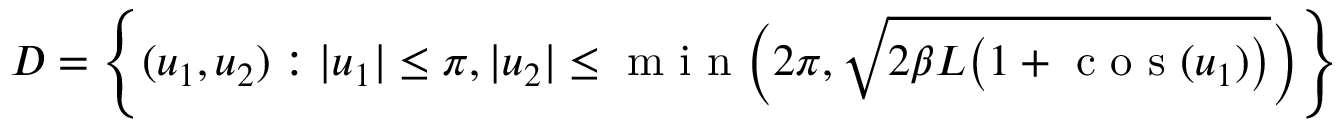
D = \left\{ ( u _ { 1 } , u _ { 2 } ) : | u _ { 1 } | \leq \pi , | u _ { 2 } | \leq \mathrm { ~ m ~ i ~ n ~ } \Big ( 2 \pi , \sqrt { 2 \beta L \big ( 1 + \mathrm { ~ c ~ o ~ s ~ } ( u _ { 1 } ) \big ) } \Big ) \right\}